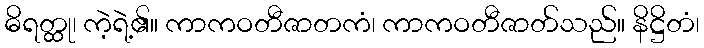
ဓိရတ္ထု၊ ကဲ့ရဲ့၏။ ကာကဝတီဇာတကံ၊ ကာကဝတီဇာတ်သည်။ နိဋ္ဌိတံ၊